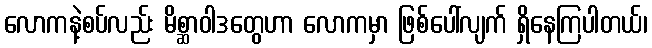
လောကနဲ့စပ်လည်း မိစ္ဆာဝါဒတွေဟာ လောကမှာ ဖြစ်ပေါ်လျက် ရှိနေကြပါတယ်၊